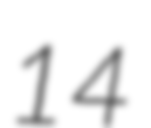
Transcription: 14